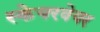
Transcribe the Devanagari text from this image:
स्केयरवेयर